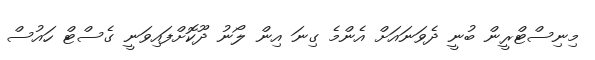
މިނިސްޓްރީން ބުނީ ދެވަނައަށް އެންމެ ގިނަ އިން ލޯނު ދޫކޮށްފައިވަނީ ގެސްޓް ހައުސް